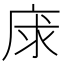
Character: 𢈝